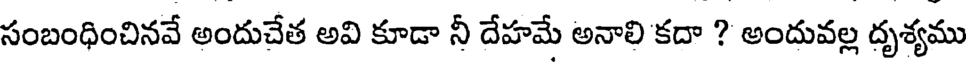
సంబంధించినవే అందుచేత అవి కూడా నీ దేహమే అనాలి కదా ? అందువల్ల దృశ్యము